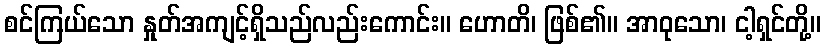
စင်ကြယ်သော နှုတ်အကျင့်ရှိသည်လည်းကောင်း။ ဟောတိ၊ ဖြစ်၏။ အာဝုသော၊ ငါ့ရှင်တို့။